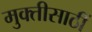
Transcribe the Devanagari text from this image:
मुक्तीसाठीं